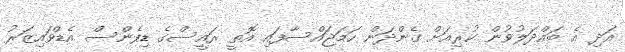
އަދި އެ ބައްދަލުވުން ކުރިއަށް ގެންދަން ހަމަޖައްސާފައި އޮތީ ރައީސްގެ ޑިފެންސް އެޑްވައިޒަރު